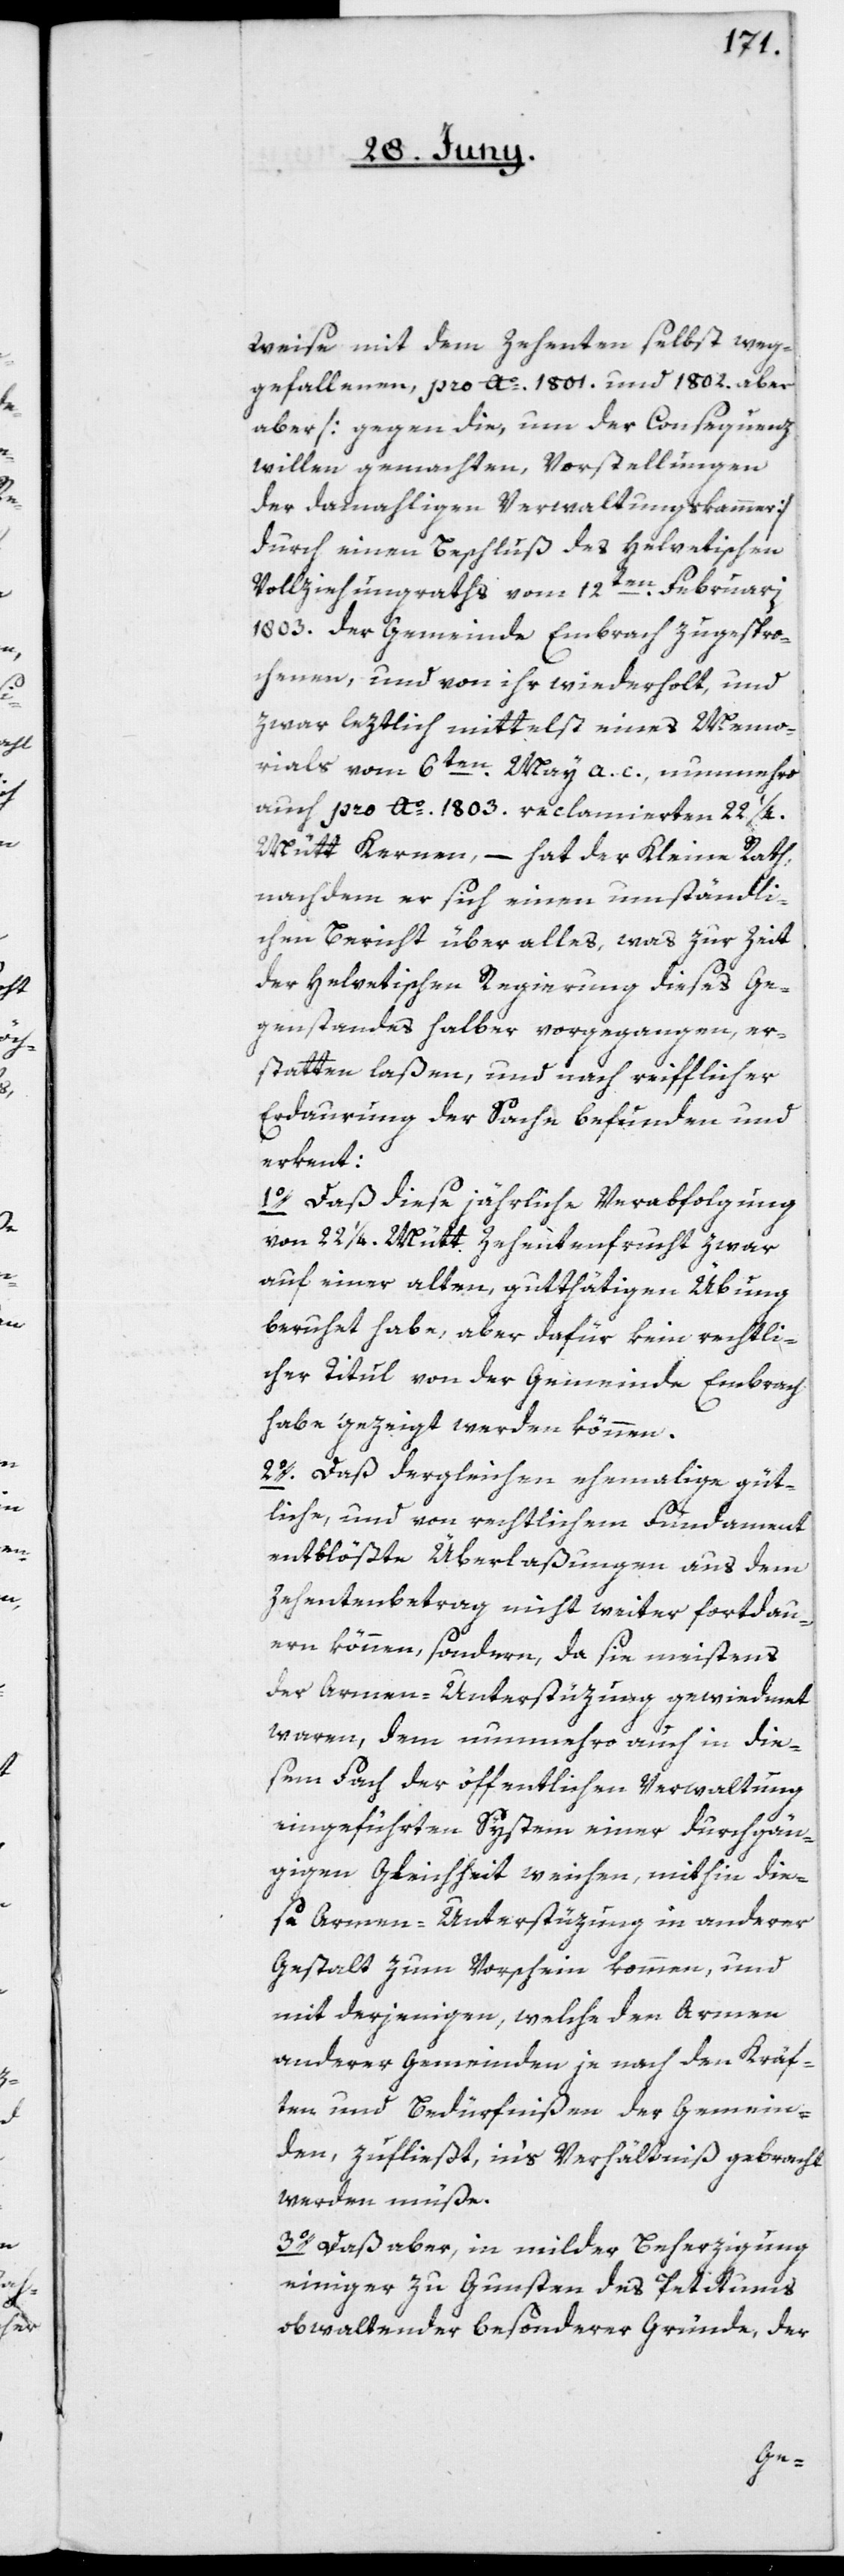
Weise mit dem Zehenten selbst weg¬
gefallenen, pro Ao 1801. und 1802. aber
aber [sic!] [gegen die, um der Consequenz
willen gemachten Vorstellungen
der damahligen Verwaltungskammer]
durch einen Beschluß des Helvetischen
Vollziehungsraths vom 12ten Februarii
1803. der Gemeinde Embrach zugespro¬
chenen, und von ihr wiederholt, und
zwar leztlich mittelst eines Memo¬
rials vom 6ten May a. c., nunmehro
auch pro Ao 1803. reclamierten 22 1/4
Mütt Kernen, – hat der Kleine Rath,
nachdem er sich einen umständli¬
chen Bericht über alles, was zur Zeit
der Helvetischen Regierung dieses Ge¬
genstandes halber vorgegangen, er¬
statten laßen, und nach reifflicher
Erdaurung der Sache befunden und
erken[n]t:
1. Daß diese jährliche Verabfolgung
von 22 1/4 Mütt Zehentenfrucht zwar
auf einer alten, gutthätigen Übung
beruhet habe, aber dafür kein rechtli¬
cher Titul von der Gemeinde Embrach
habe gezeigt werden können.
2o. Daß dergleichen ehemalige güt¬
liche, und von rechtlichem Fundament
entblößte Überlaßungen aus dem
Zehentenbetrag nicht weiter fortdau¬
ern können, sondern, da sie meistens
der Armen-Unterstüzung gewiedmet
waren, dem nunmehro auch in die¬
sem Fach der öffentlichen Verwaltung
eingeführten System einer durchgän¬
gigen Gleichheit weichen, mithin die¬
se Armen-Unterstüzung in anderer
Gestalt zum Vorschein kommen, und
mit derjenigen, welche den Armen
anderer Gemeinden je nach den Kräf¬
ten und Bedürfnißen der Gemein¬
den, zufließt, in’s Verhältniß gebracht
werden müße.
3o. Daß aber, in milder Beherzigung
einiger zu Gunsten des Petitums
obwaltender besonderer Gründe, der